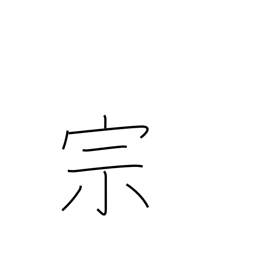
Meaning: sect